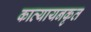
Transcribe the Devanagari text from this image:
कात्यायनकृत